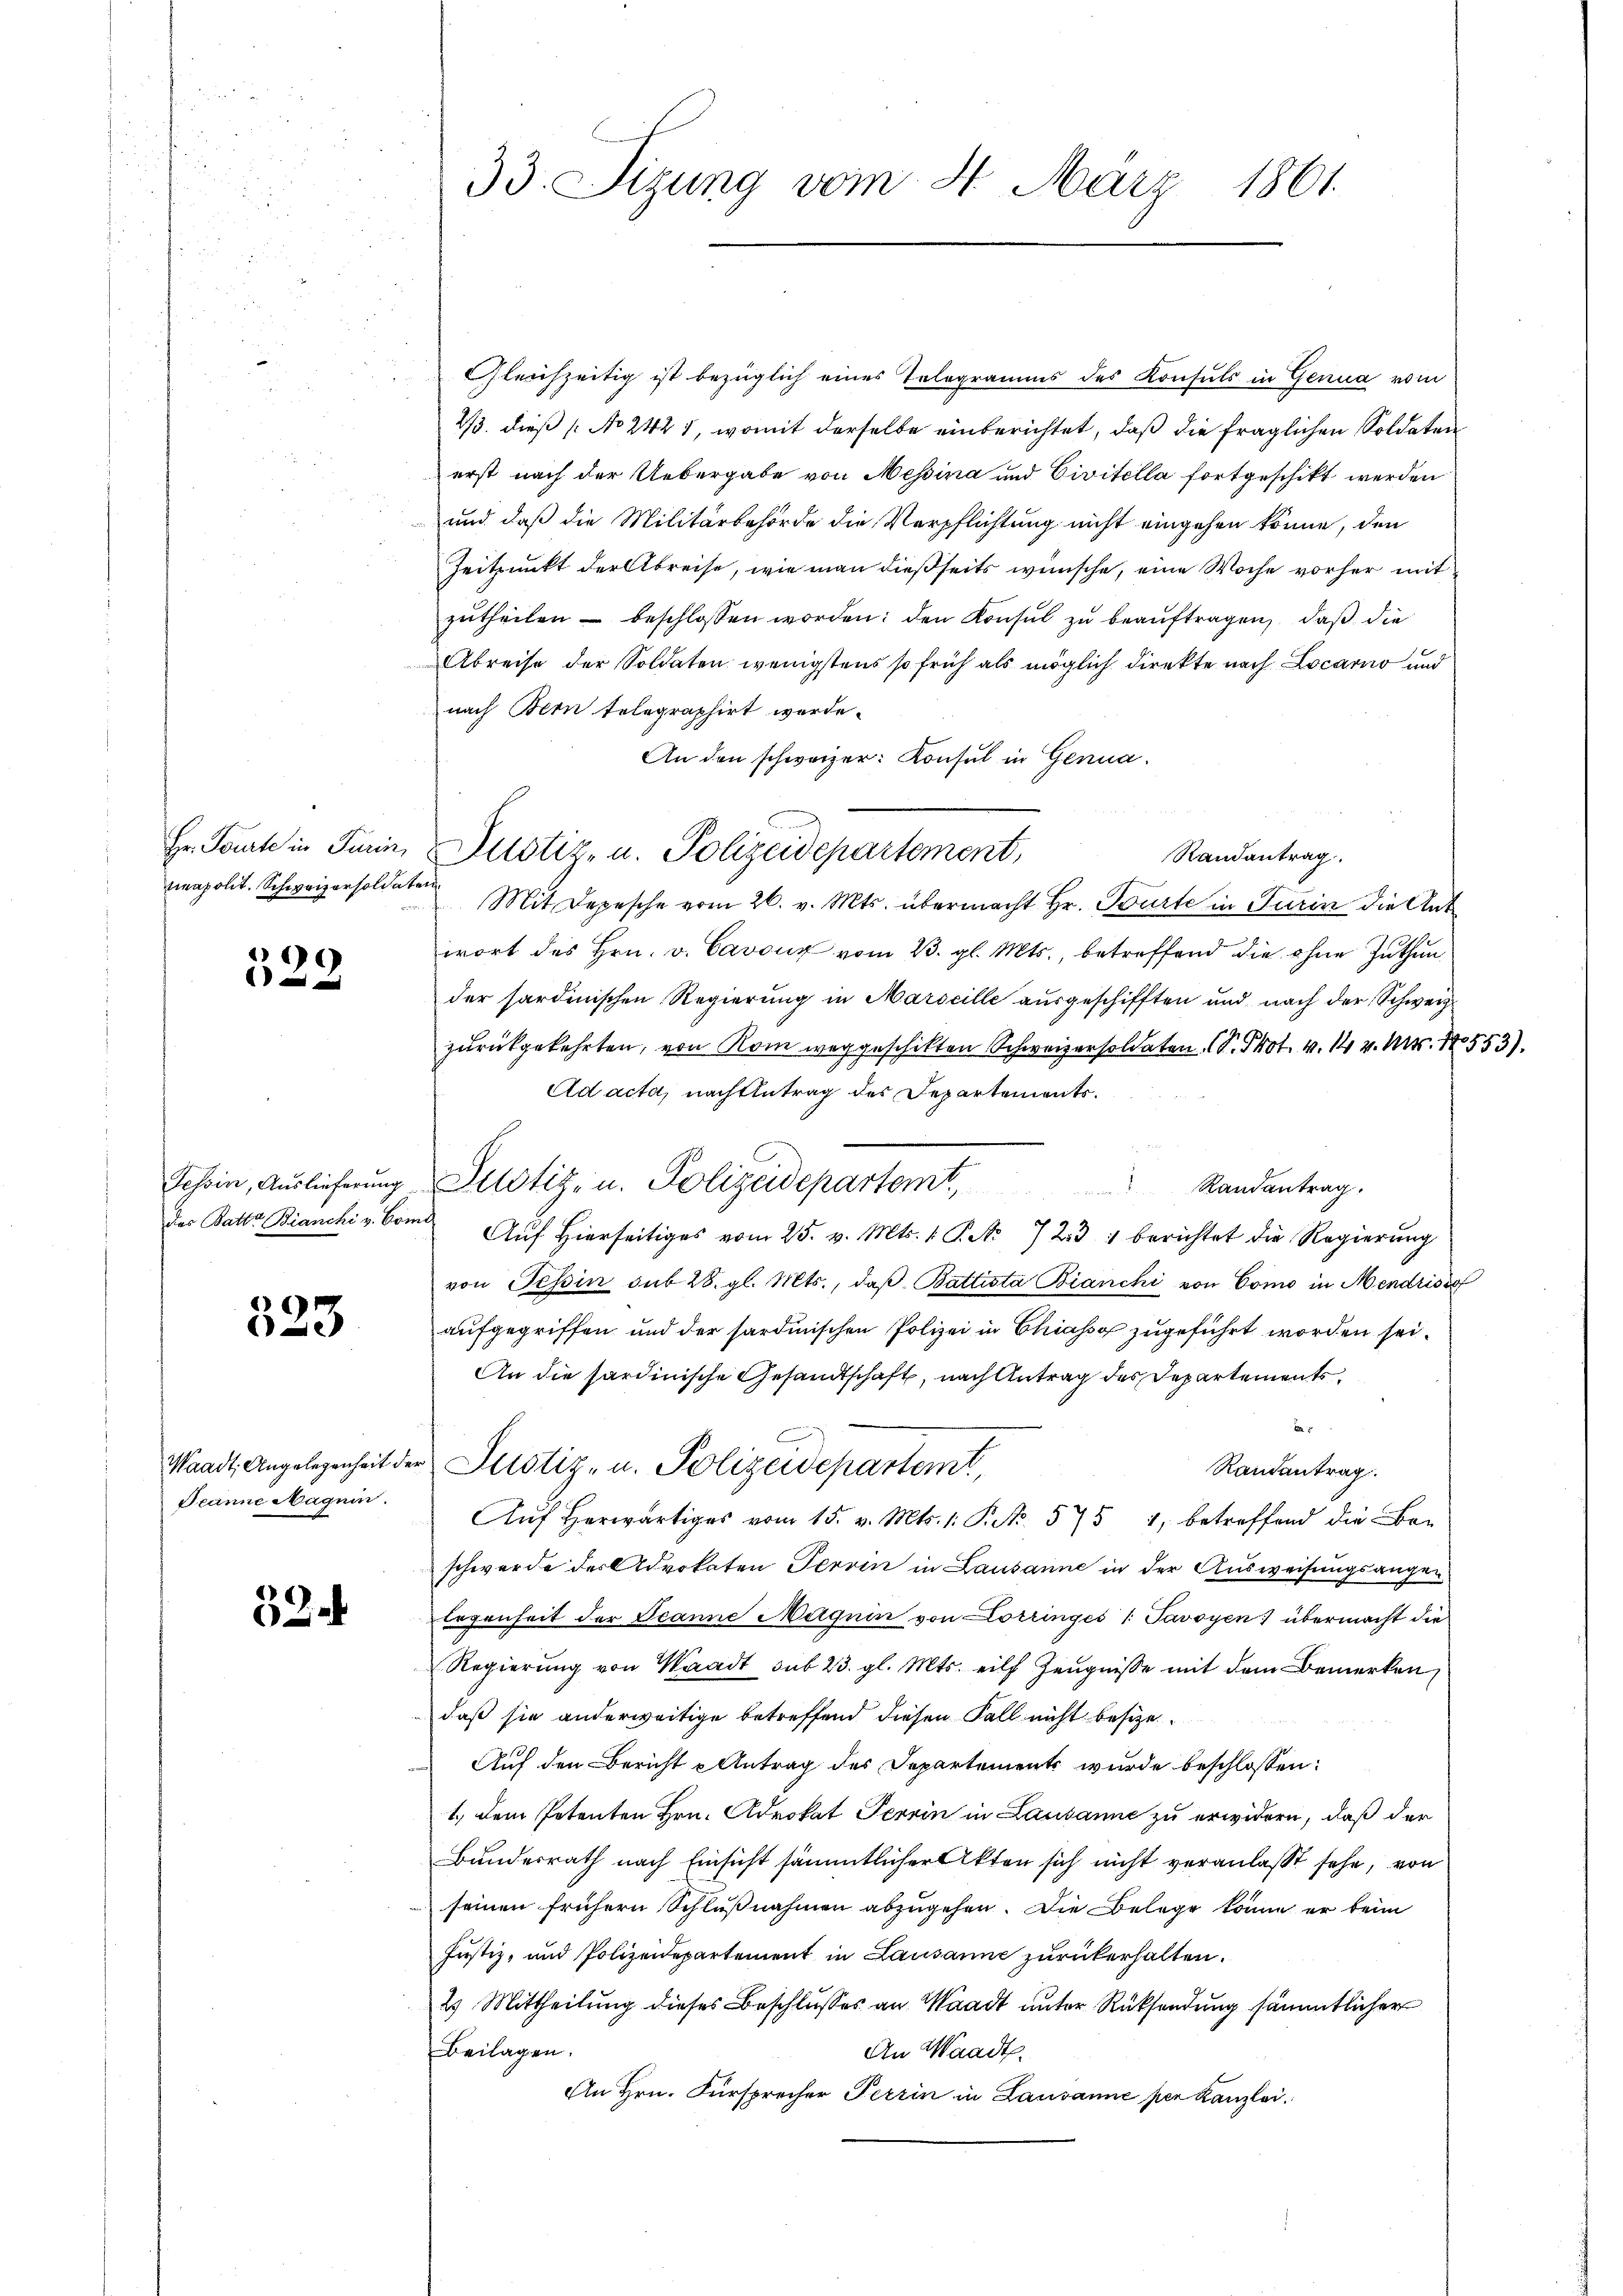
Hr. Tourte in Turin,
tieapolit. Schweizersoldater

4

Tessin, Auslieferung
des Batte Bianchi v. Com

323

Waadt, Angelegenheit der
Jeanne Magnin.

52.

33. Sizung vom 2. März 1861.

Justiz- u. Polizeidepartement,

Gleichzeitig ist bezüglich eines Telegramms des Konsuls in Genua vom
2/3. dieß [No 2425, womit derselbe einberichtet, daß die fraglichen Soldaten
erst nach der Uebergabe von Messina und Civitella fortgeschikt werden
und daß die Militärbehörde die Verpflichtung nicht eingehen könne, den
Zeitpunkt der Abreise, wie man dießseits wünsche, eine Woche vorher mit
zŭtheilen - beschlossen worden; den Konsul zu beauftragen, daß die
Abreise der Soldaten wenigstens so früh als möglich direkte nach Locarno und
nach Bern telegraphirt werde.
An den schweizer: Konsul in Genua
Randantrag.
Mit Depesche vom 26. v. Mts. übermacht Hr. Tourte in Turin die Ant
wort des Hrn. v. Cavouz vom 23. gl. Mts., betreffend die ohne Zuthun
der sardinischen Regierung in Marseille ausgeschifften und nach der Schweiz
zurückgekehrten, von Rom weggeschikten Schweizersoldaten. (Dr. Prot. v. 1 v. M. 18.
Ad acta, nach Antrag des Departements¬
Randantrag.
Auf Hierseitiges vom 25. v. Mts. 1 P. No 723 1 berichtet die Regierung
von Tessin sub 28. gl. Mts., daβ Battista Bianchi von Como in Mendrisirt
aufgegriffen und der sardinischen Polizei in Chiasso zugeführt worden sei.
An die sardinische Gesandtschaft, nach Antrag des Departements
e
Justiz- u. Polizeidepartemt,
Randantrag.
Aŭf herwärtiges vom 15. v. Mts. 1. P. Nr. 575 1, betreffend die Be-
schwerde des Advokaten Terrin in Lausanne in der Ausweisungsangen
Ergenheit der Jeanne Magnin von Lorringes /: Savoyen) übermacht die
Regierŭng von Waadt sub 23. gl. Mts. eilf Zeŭgnisse mit dem Bemerken
daß sie anderweitige betreffend diesen Fall nicht besize.
Auf den Bericht Antrag des Departement wurde beschlossen:
1.) Dem Petenten Hrn. Adrokat Perrin in Lausanne zu erwidern, daß der
Bundesrath nach Einsicht sämmtlicher Akten sich nicht veranlasst sehe, von
seinen frühern Schlußnahmen abzugehen. Die Belege könne er beim
Justiz- und Polizeidepartement in Lausanne zurückerhalten.
2) Mittheilung dieses Beschlusses an Waadt unter Rücksendung sämmtlicher
Beilagen.
An Waadt.
An Hrn. Fürsprecher Terrin in Lausanne per Kanzlei

Justiz- u. Polizeidepartemt,

531.